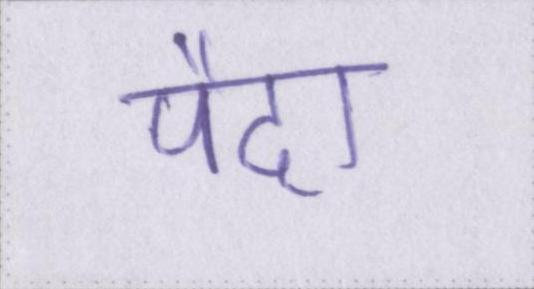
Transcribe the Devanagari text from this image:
पैदा